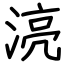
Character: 湸